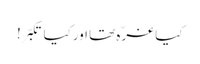
کیا غرّہ تھا اورکیا تکبّر!